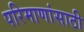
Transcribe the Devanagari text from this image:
परिमाणांसाठी